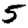
Digit: 5